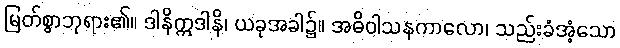
မြတ်စွာဘုရား၏။ ဒါနိဣဒါနိ၊ ယခုအခါ၌။ အဓိဝါသနကာလော၊ သည်းခံအံ့သော